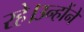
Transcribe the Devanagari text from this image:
रहे।उन्होंने